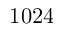
1 0 2 4